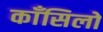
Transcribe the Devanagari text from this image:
काँसिलो